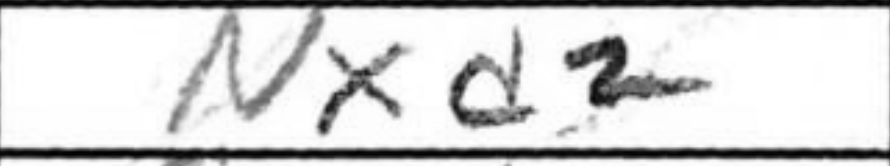
Transcription: Nxd2